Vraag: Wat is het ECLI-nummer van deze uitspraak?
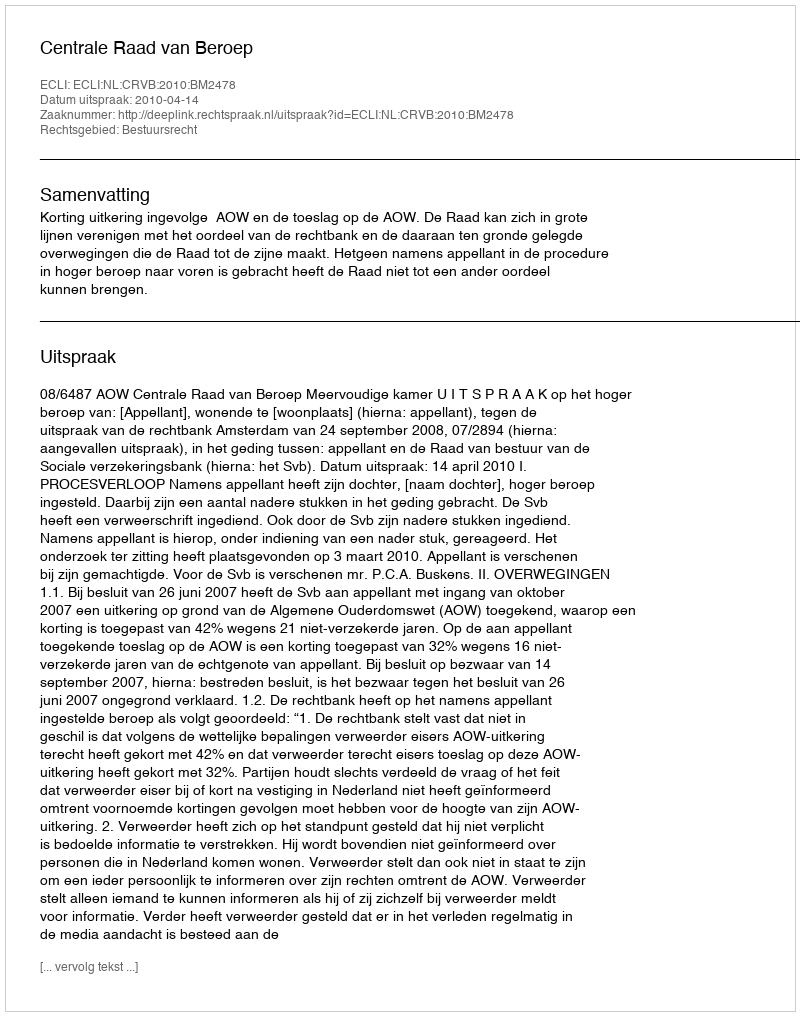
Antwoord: ECLI:NL:CRVB:2010:BM2478